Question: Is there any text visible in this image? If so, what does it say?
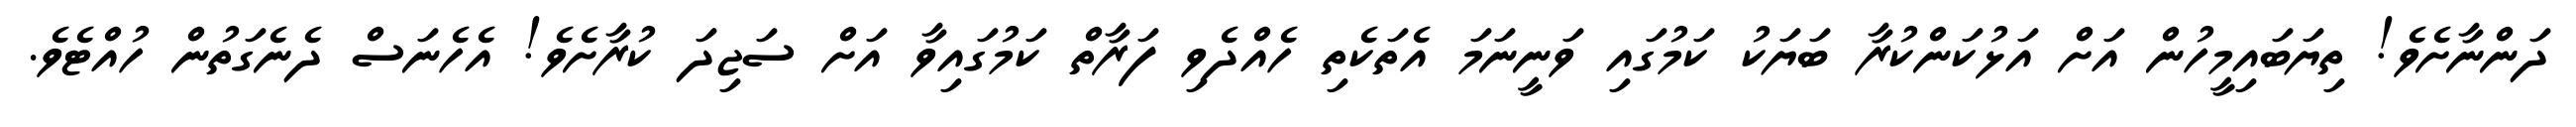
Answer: ދަންނާށެވެ! ތިޔަބައިމީހުން އަށް އަޅުކަންކުރާ ބަޔަކު ކަމުގައި ވަނީނަމަ އެތަކެތި ހެއްދެވި ފަރާތް ކަމުގައިވާ އަށް ސަޖިދަ ކުރާށެވެ! އެހެނަސް ދެނެގަތުން ހުއްޓެވެ.